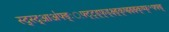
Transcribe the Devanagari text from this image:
स्द्स्द्आअ॑फ्ङ्ः़फ्ट्ट्ड़्फ्ड्क्ष्ड्क्ष्झ्झ्झ्क्ष्फ्॰फ्फ्ङ्